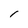
Character: 1